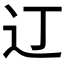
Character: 𫟧